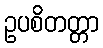
ဥပစိတတ္တာ